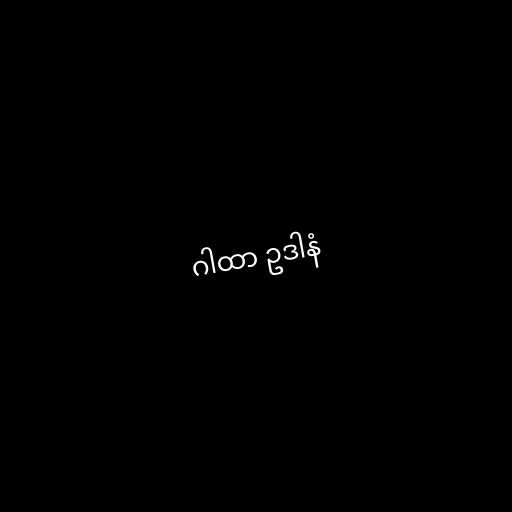
ဂါထာ ဥဒါနံ